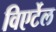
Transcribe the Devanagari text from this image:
विएर्टेल